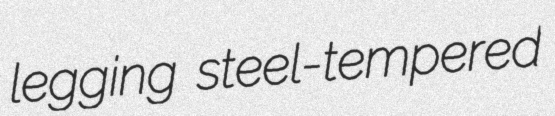
legging steel-tempered